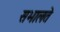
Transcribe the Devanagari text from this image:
सभालते